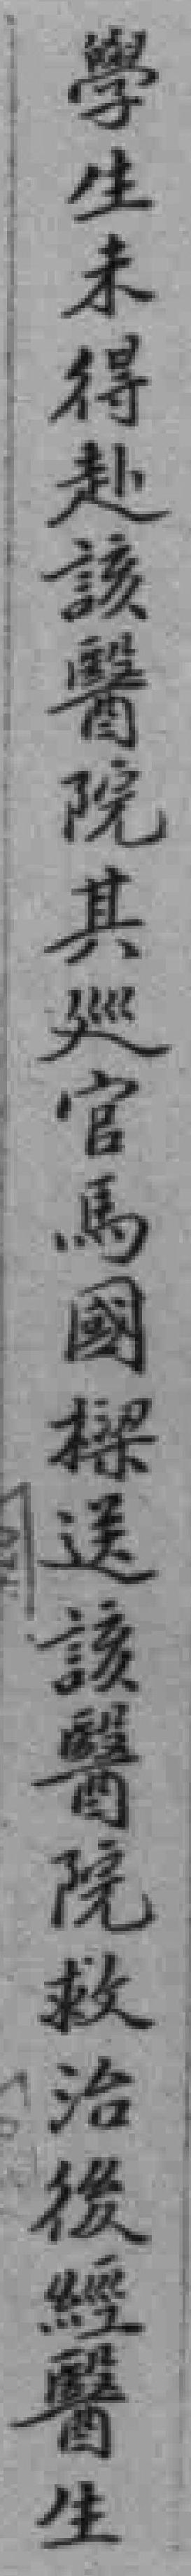
學生未得赴該醫院其廵官馬國樑送該醫院救治後經醫生